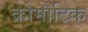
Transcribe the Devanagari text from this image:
क्रोमौटिक